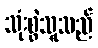
သုံးစွဲသူသည်